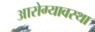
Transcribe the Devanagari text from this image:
आरोग्यावस्था